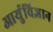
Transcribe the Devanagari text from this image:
आर्युविज्ञान